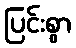
ပြင်းစွာ